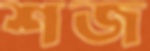
শজ